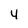
Character: 4